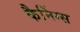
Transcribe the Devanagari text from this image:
कैनिंग्स